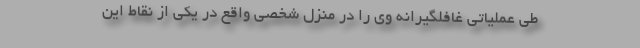
طی عملیاتی غافلگیرانه وی را در منزل شخصی واقع در یکی از نقاط این